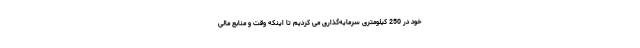
خود در 250 کیلومتری سرمایه­‌گذاری می کردیم تا اینکه وقت و منابع مالی